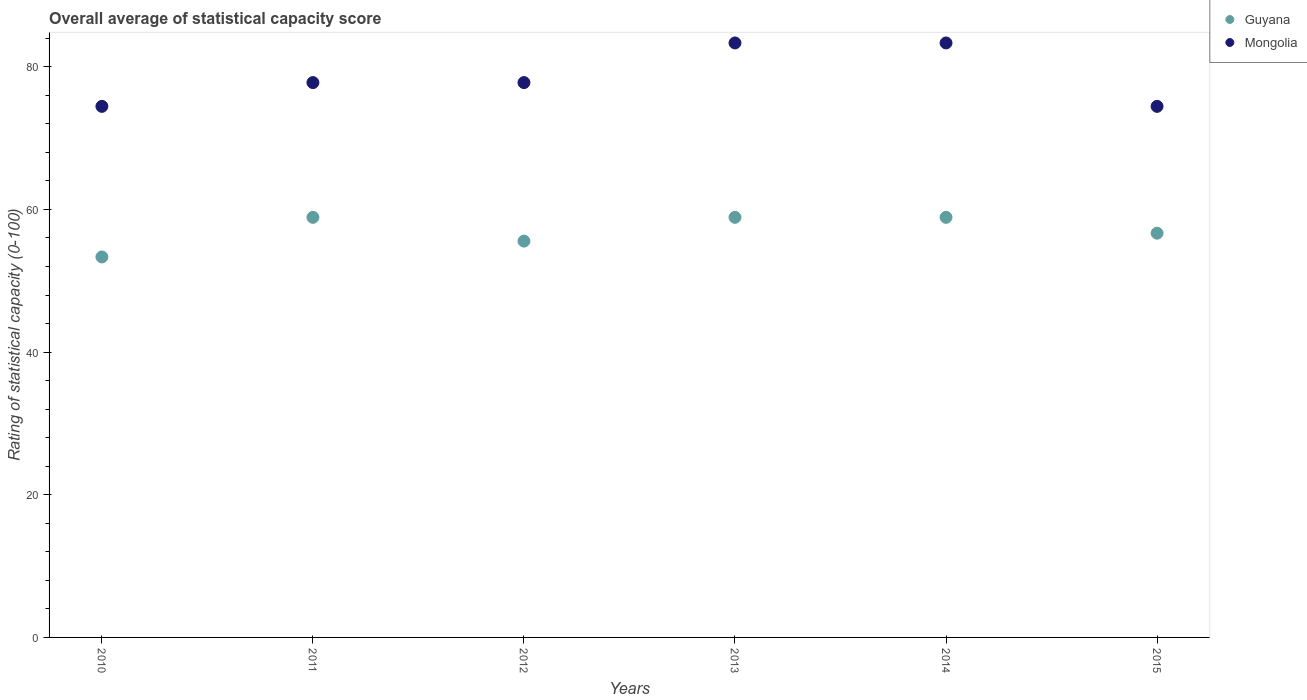
| Years | Guyana | Mongolia |
 | --- | --- | --- |
 | 2010 | 53.3 | 74.4 |
 | 2011 | 58.9 | 77.8 |
 | 2012 | 55.6 | 77.8 |
 | 2013 | 58.9 | 83.3 |
 | 2014 | 58.9 | 83.3 |
 | 2015 | 56.7 | 74.4 |